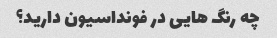
چه رنگ هایی در فونداسیون دارید؟